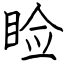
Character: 睑